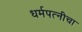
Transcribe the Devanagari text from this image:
धर्मपत्‍नीचा